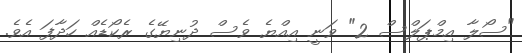
"ސޯލާ އިމްޕަލްސް 2" ވަނީ އިއްޔެ ވެސް ދުނިޔޭގެ ރެކޯޑެއް ހަދާފަ އެވެ.